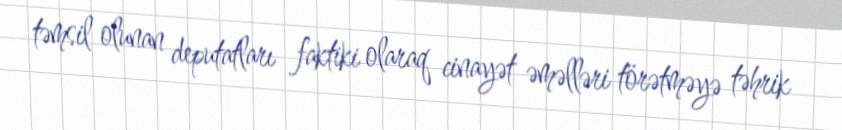
təmsil olunan deputatları faktiki olaraq cinayət əməlləri törətməyə təhrik